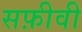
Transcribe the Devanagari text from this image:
सफ़ीवी